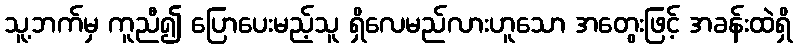
သူ့ဘက်မှ ကူညီ၍ ပြောပေးမည့်သူ ရှိလေမည်လားဟူသော အတွေးဖြင့် အခန်းထဲရှိ